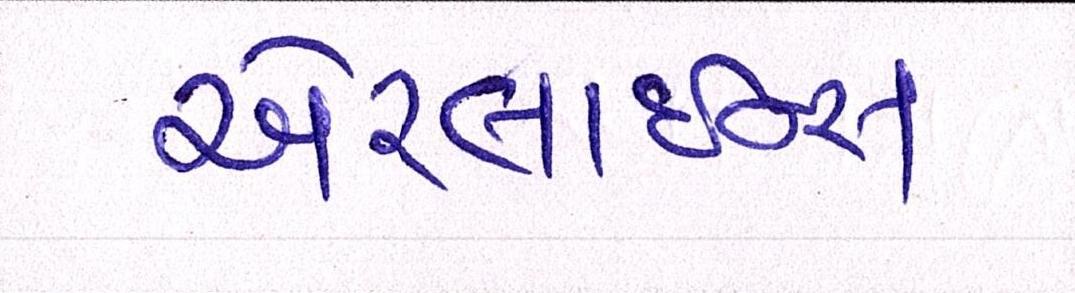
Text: એરલાઇન્સ